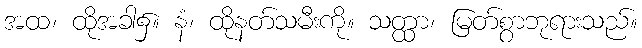
အထ၊ ထိုအခါ၌။ နံ၊ ထိုနတ်သမီးကို။ သတ္ထာ၊ မြတ်စွာဘုရားသည်။